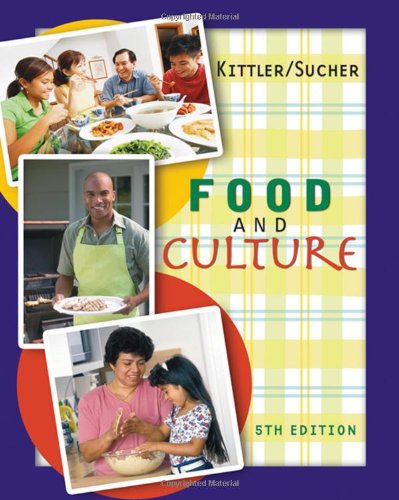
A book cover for Food and Culture; Pamela Goyan Kittler; Medical Books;